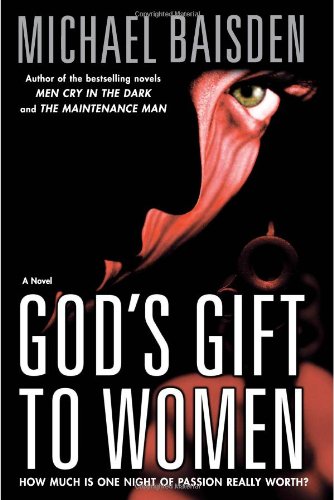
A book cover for God's Gift to Women: A Novel; Michael Baisden; Romance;